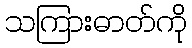
သကြားဓာတ်ကို